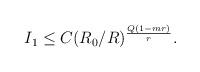
LaTeX: \begin{align*} \begin{aligned} I_1\leq C(R_0/R)^{\frac{Q(1-mr)}{r}}.\\ \end{aligned} \end{align*}